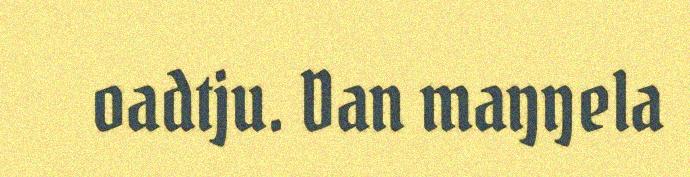
oadtju. Dan maŋŋela